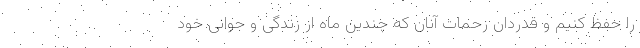
را حفظ کنیم و قدردان زحمات آنان که چندین ماه از زندگی و جوانی خود